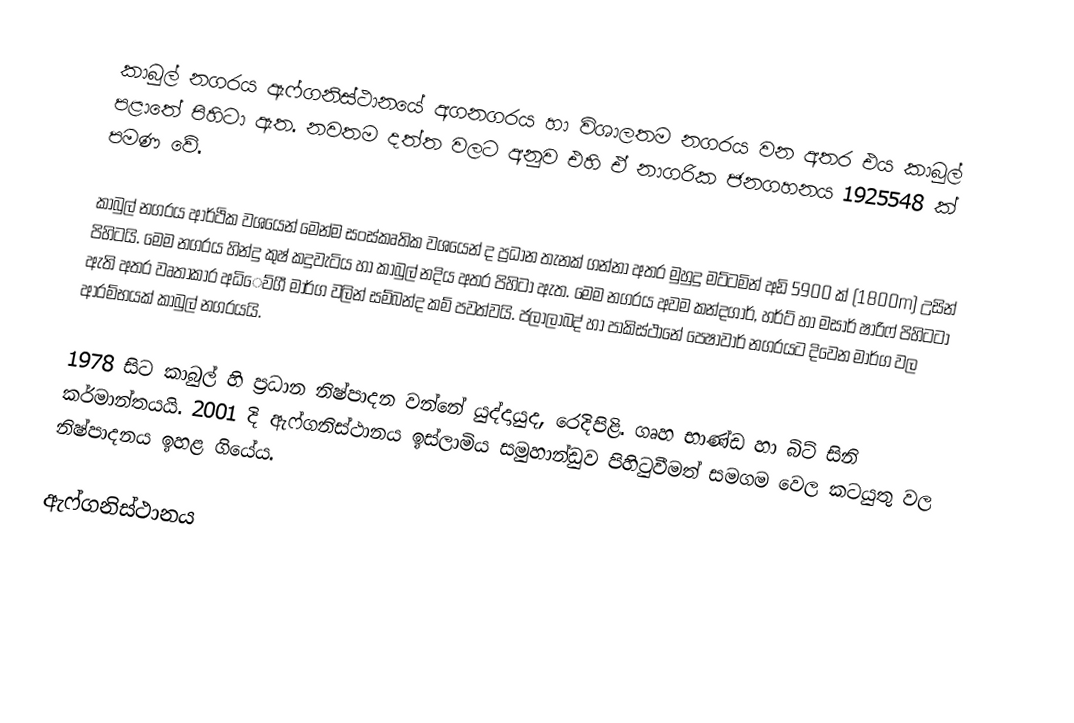
කාබුල් නගරය ඇෆ්ගනිස්ථානයේ අගනගරය හා විශාලතම නගරය වන අතර එය කාබුල් පළාතේ පිහිටා ඇත. නවතම දත්ත වලට අනුව එහි ඒ නාගරික ජනගහනය 1925548 ක් පමණ වේ.

කාබුල් නගරය ආර්ථික වශයෙන් මෙන්ම සංස්කෘතික වශයෙන් ද ප්‍රධාන තැනක් ගන්නා අතර මුහුදු මට්ටමින් අඩි 5900 ක්  (1800m) උසින් පිහිටයි. මෙම නගරය හින්දු කුෂ් කදුවැටිය හා කාබුල් නදිය අතර පිහිටා ඇත. මෙම නගරය අවම කන්දගාර්, හර්ට් හා මසාර් ෂාරිෆ් පිහිටටා ඇති අතර වෘතාකාර අධි‍ෙව්ගී මාර්ග වලින් සම්බන්ද කම් පවත්වයි. ජලාලාබද් හා පාකිස්ථාන‍ේ පෙෂාවාර් නගරයට දිවෙන මාර්ග වල ආරම්භයක් කාබුල් නගරයයි.

1978 සිට කාබුල් හි ප්‍රධාන නිෂ්පාදන වන්නේ යුද්දායුද, රෙදිපිළි. ගෘහ භාණ්ඩ හා බිට් සිනි කර්මාන්තයයි. 2001 දි ඇෆ්ගනිස්ථානය ඉස්ලාමිය සමුහාන්ඩුව පිහිටුවීමත් සමගම වෙල  කටයුතු වල නිෂ්පාදනය ඉහළ ගියේය.

ඇෆ්ගනිස්ථානය